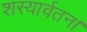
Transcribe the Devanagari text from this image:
शस्यार्वतन।